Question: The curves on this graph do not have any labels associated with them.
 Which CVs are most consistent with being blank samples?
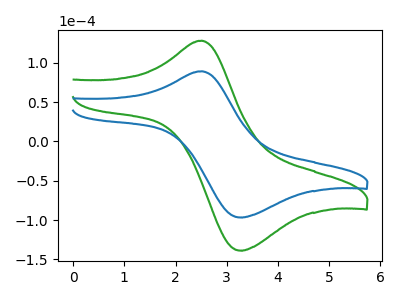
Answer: <think>The green curve "green" has an anodic peak at (2.50V, 128.25uA) and a cathodic peak at (3.25V, -138.80uA). The blue curve "blue" has an anodic peak at (2.50V, 89.30uA) and a cathodic peak at (3.25V, -96.65uA).</think>
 <answer>There are not any CV's on this graph that are likely to be blanks.</answer>
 <eval>none</eval>